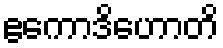
ဧကောဒိဟောတိ